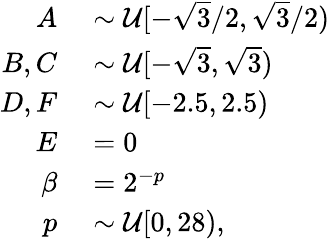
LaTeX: \begin{array}{rl}{A}&{{}\sim\mathcal{U}[-\sqrt{3}/2,\sqrt{3}/2)}\\ {B,C}&{{}\sim\mathcal{U}[-\sqrt{3},\sqrt{3})}\\ {D,F}&{{}\sim\mathcal{U}[-2.5,2.5)}\\ {E}&{{}=0}\\ {\beta}&{{}=2^{-p}}\\ {p}&{{}\sim\mathcal{U}[0,28),}\end{array}